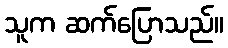
သူက ဆက်ပြောသည်။